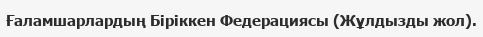
Ғаламшарлардың Біріккен Федерациясы (Жұлдызды жол).